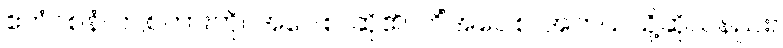
ဧတံဝစနံ၊ ဤစကားကို။ အဝေါစ၊ ဆို၏။ ကိံအဝေါစ၊ အဘယ်သို့ဆိုသနည်း။